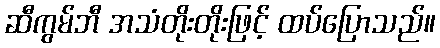
ဆီကွမ်ဘီ အသံတိုးတိုးဖြင့် ထပ်ပြောသည်။